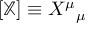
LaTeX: [ \mathbb { X } ] \equiv X ^ { \mu } { } _ { \mu }